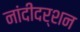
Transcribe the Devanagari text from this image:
नांदीदर्शन